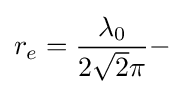
r_{e}={\frac {\lambda _{0}}{2{\sqrt {2}}\pi }}-\